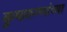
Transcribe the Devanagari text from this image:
कुष्ठरुग्णांच्या